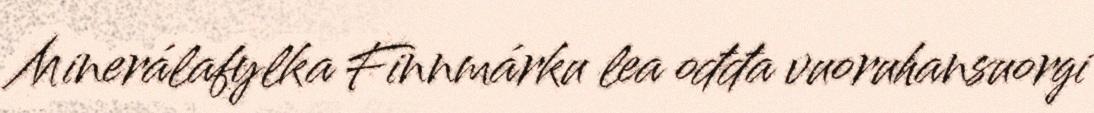
Minerálafylka Finnmárku lea ođđa vuoruhansuorgi